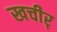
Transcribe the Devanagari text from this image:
खचीर्